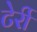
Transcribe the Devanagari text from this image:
टेर्री